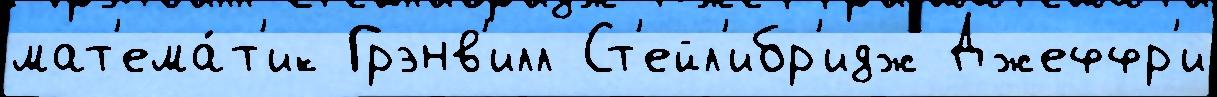
мат'ема́т'ик Грэнв'илл Ст'ейл'ибр'идж Джеффр'и